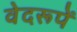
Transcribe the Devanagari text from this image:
वेदरूपें